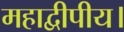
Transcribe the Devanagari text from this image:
महाद्वीपीय।